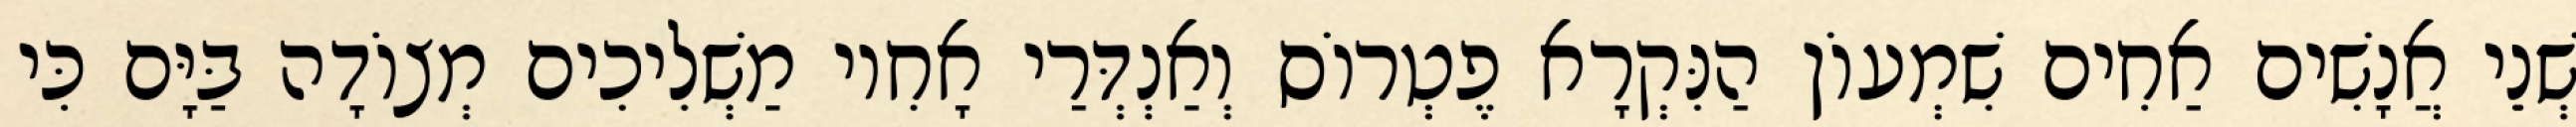
שְׁנֵי אֲנָשִׁים אַחִים שִׁמְעוֹן הַנִּקְרָא פֶטְרוֹס וְאַנְדְּרַי אָחִיו מַשְׁלִיכִים מְצוֹדָה בַּיָּם כִּי